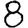
Digit: 8